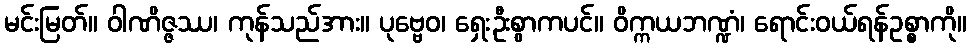
မင်းမြတ်။ ဝါဏိဇ္ဇဿ၊ ကုန်သည်အား။ ပုဗ္ဗေဝ၊ ရှေးဦးစွာကပင်။ ဝိက္ကယဘဏ္ဍံ၊ ရောင်းဝယ်ရန်ဥစ္စာကို။